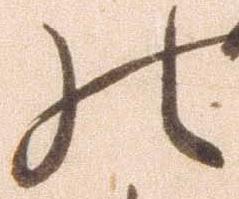
の